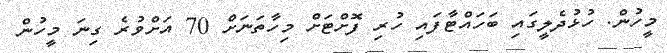
މީހުން. ހުޅުދެލީގައި ބަހައްޓާފައި ހުރި ފޮށްޓަށް މިހާތަނަށް 70 އަށްވުރެ ގިނަ މީހުން